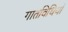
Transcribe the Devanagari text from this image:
गातविधियों